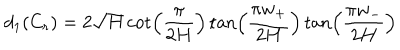
d _ { 1 } ( C _ { r } ) = 2 \sqrt { H } \cot \left( \frac { \pi } { 2 H } \right) \tan \left( \frac { \pi w _ { + } } { 2 H } \right) \tan \left( \frac { \pi w _ { - } } { 2 H } \right)